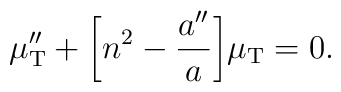
\mu _{{\rm T}}''+\biggl[n^2-\frac{a''}{a}\biggr]\mu _{{\rm T}}=0.